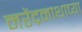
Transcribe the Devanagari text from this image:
नरेंद्रनाथाच्या